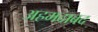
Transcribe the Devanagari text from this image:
अहमदाबद